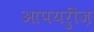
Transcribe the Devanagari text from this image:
आपयरुीज़